Annual administration report of the Civil Veterinary Department of India - 1896-1897
Year: 1896
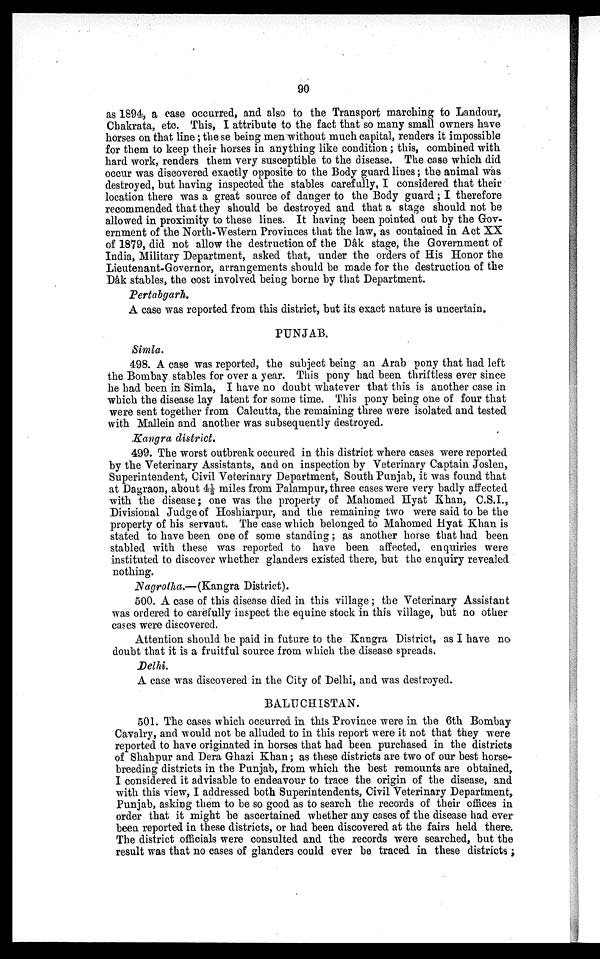
90
as 1894, a case occurred, and also to the Transport marching to Landour,
Chakrata, etc. This, I attribute to the fact that so many small owners have
horses on that line; the se being men without much capital, renders it impossible
for them to keep their horses in anything like condition; this, combined with
hard work, renders them very susceptible to the disease. The case which did
occur was discovered exactly opposite to the Body guard lines; the animal was
destroyed, but having inspected the stables carefully, I considered that their
location there was a great source of danger to the Body guard; I therefore
recommended that they should be destroyed and that a stage should not be
allowed in proximity to these lines. It having been pointed out by the Gov-
ernment of the North-Western Provinces that the law, as contained in Act XX
of 1879, did not allow the destruction of the Dâk stage, the Government of
India, Military Department, asked that, under the orders of His Honor the
Lieutenant-Governor, arrangements should be made for the destruction of the
Dâk stables, the cost involved being borne by that Department.
Pertabgarh.
A case was reported from this district, but its exact nature is uncertain.
PUNJAB.
Simla.
498. A case was reported, the subject being an Arab pony that had left
the Bombay stables for over a year. This pony had been thriftless ever since
he had been in Simla, I have no doubt whatever that this is another case in
which the disease lay latent for some time. This pony being one of four that
were sent together from Calcutta, the remaining three were isolated and tested
with Mallein and another was subsequently destroyed.
Kangra district.
499. The worst outbreak occured in this district where cases were reported
by the Veterinary Assistants, and on inspection by Veterinary Captain Joslen,
Superintendent, Civil Veterinary Department, South Punjab, it was found that
at Dagraon, about 4½ miles from Palampur, three cases were very badly affected
with the disease; one was the property of Mahomed Hyat Khan, C.S.I.,
Divisional Judge of Hoshiarpur, and the remaining two were said to be the
property of his servant. The case which belonged to Mahomed Hyat Khan is
stated to have been one of some standing; as another horse that had been
stabled with these was reported to have been affected, enquiries were
instituted to discover whether glanders existed there, but the enquiry revealed
nothing.
Nagrotha.—(Kangra District).
500. A case of this disease died in this village; the Veterinary Assistant
was ordered to carefully inspect the equine stock in this village, but no other
cases were discovered.
Attention should be paid in future to the Kangra District, as I have no
doubt that it is a fruitful source from which the disease spreads.
Delhi.
A case was discovered in the City of Delhi, and was destroyed.
BALUCHISTAN.
501. The cases which occurred in this Province were in the 6th Bombay
Cavalry, and would not be alluded to in this report were it not that they were
reported to have originated in horses that had been purchased in the districts
of Shahpur and Dera Ghazi Khan; as these districts are two of our best horse-
breeding districts in the Punjab, from which the best remounts are obtained,
I considered it advisable to endeavour to trace the origin of the disease, and
with this view, I addressed both Superintendents, Civil Veterinary Department,
Punjab, asking them to be so good as to search the records of their offices in
order that it might be ascertained whether any cases of the disease had ever
been reported in these districts, or had been discovered at the fairs held there.
The district officials were consulted and the records were searched, but the
result was that no cases of glanders could ever be traced in these districts;